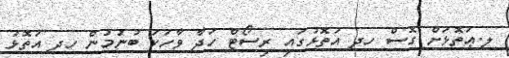
ލ.ޢަތޮޅަށް ގޮސް ހދ އަތޮޅުގައި ރިސޯޓް ހަދާ ވާހަކަ ބުނުމުން ހދ އަތޮޅު